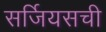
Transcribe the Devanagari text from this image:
सर्जियसची